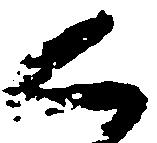
人